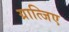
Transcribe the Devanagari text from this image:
ग्रात्जिए